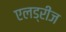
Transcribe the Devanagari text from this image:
एलड्रीज